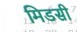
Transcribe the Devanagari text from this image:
मिडसी